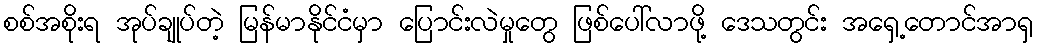
စစ်အစိုးရ အုပ်ချုပ်တဲ့ မြန်မာနိုင်ငံမှာ ပြောင်းလဲမှုတွေ ဖြစ်ပေါ်လာဖို့ ဒေသတွင်း အရှေ့တောင်အာရှ